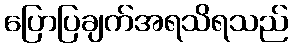
ပြောပြချက်အရသိရသည်